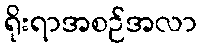
ရိုးရာအစဉ်အလာ